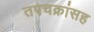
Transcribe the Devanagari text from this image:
तपचक्रांसह